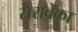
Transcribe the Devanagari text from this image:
सरावेका